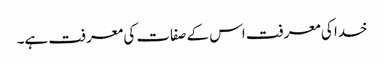
خدا کی معرفت اس کے صفات کی معرفت ہے۔